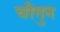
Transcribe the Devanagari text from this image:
चौगुन